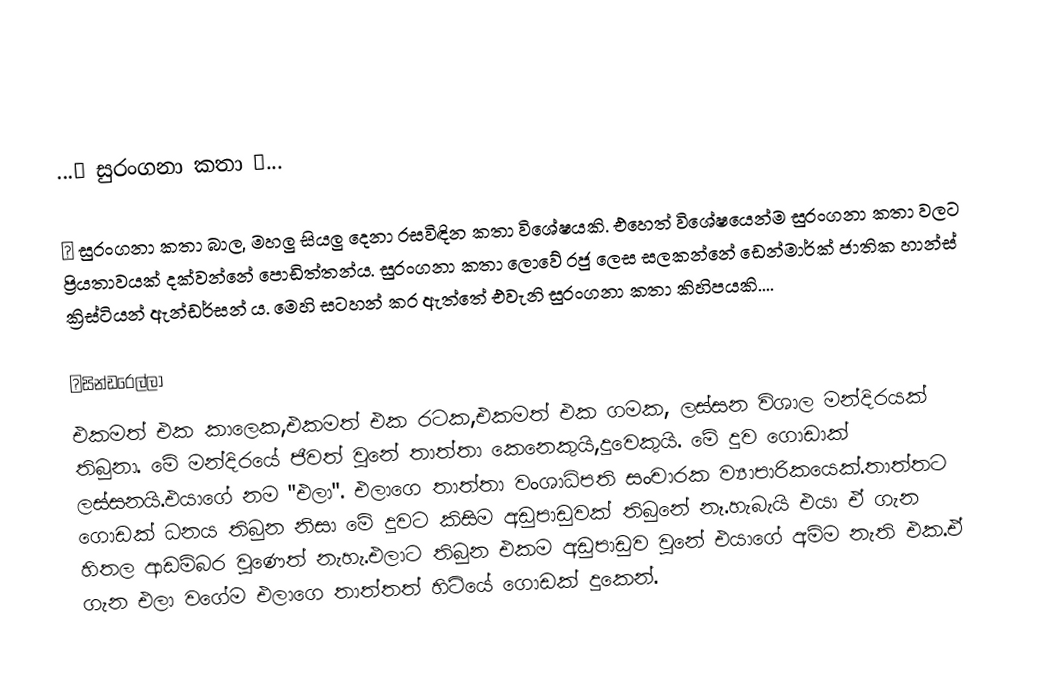

...💖 සුරංගනා කතා 💖...

🌺 සුරංගනා කතා බාල, මහලු සියලු දෙනා රසවිඳින කතා විශේෂයකි. එහෙත් විශේෂයෙන්ම සුරංගනා කතා වලට ප්‍රියතාවයක් දක්වන්නේ පොඩිත්තන්ය. සුරංගනා කතා ලොවේ රජු ලෙස සලකන්නේ ඩෙන්මාර්ක් ජාතික හාන්ස් ක්‍රිස්ටියන් ඇන්ඩර්සන් ය. මෙහි සටහන් කර ඇත්තේ එවැනි සුරංගනා කතා කිහිපයකි....

✴සින්ඩරෙල්ලා
එකමත් එක කාලෙක,එකමත් එක රටක,එකමත් එක ගමක, ලස්සන විශාල මන්දිරයක් තිබුනා. මේ මන්දිරයේ ජීවත් වුනේ තාත්තා කෙනෙකුයි,දුවෙකුයි. මේ දුව ගොඩාක් ලස්සනයි.එයාගේ නම "එලා". එලාගෙ තාත්තා වංශාධිපති සංචාරක ව්‍යාපාරිකයෙක්.තාත්තට ගොඩක් ධනය තිබුන නිසා මේ දුවට කිසිම අඩුපාඩුවක් තිබුනේ නෑ.හැබැයි එයා ඒ ගැන හිතල ආඩම්බර වුණෙත් නැහැ.එලාට තිබුන එකම අඩුපාඩුව වුනේ එයාගේ අම්ම නැති එක.ඒ ගැන එලා වගේම එලාගෙ තාත්තත් හිටියේ ගොඩක් දුකෙන්.